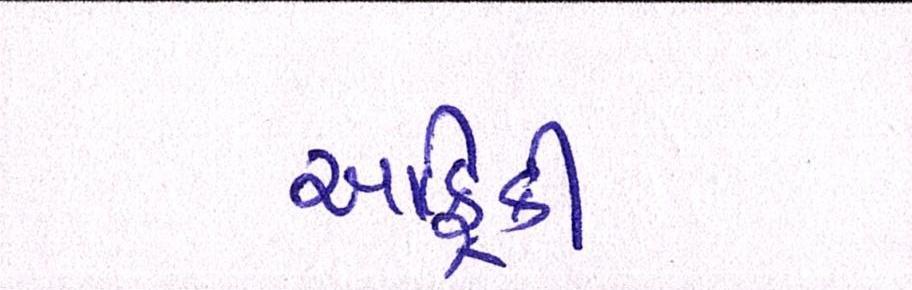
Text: આફ્રિકી